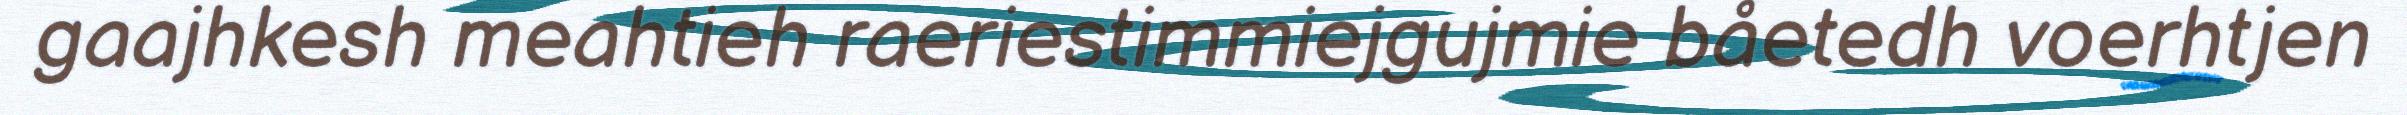
gaajhkesh meahtieh raeriestimmiejgujmie båetedh voerhtjen